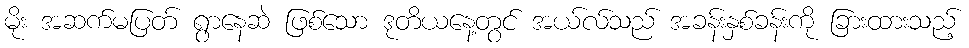
မိုး အဆက်မပြတ် ရွာနေဆဲ ဖြစ်သော ဒုတိယနေ့တွင် အယ်လ်သည် အခန်းနှစ်ခန်းကို ခြားထားသည့်